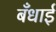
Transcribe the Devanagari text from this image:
बँधाई